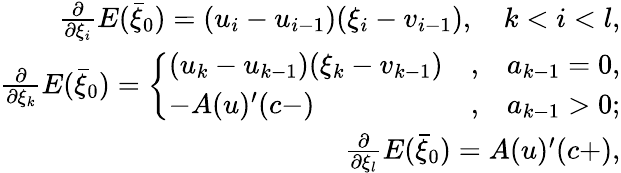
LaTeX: \begin{array}{r}{\frac{\partial}{\partial\xi_{i}}E(\bar{\xi}_{0})=(u_{i}-u_{i-1})(\xi_{i}-v_{i-1}),\quad k<i<l,}\\ {\frac{\partial}{\partial\xi_{k}}E(\bar{\xi}_{0})=\left\{ \begin{array}{lcr}{(u_{k}-u_{k-1})(\xi_{k}-v_{k-1})}&{,}&{a_{k-1}=0,}\\ {-A(u)^{\prime}(c-)}&{,}&{a_{k-1}>0;}\end{array}\right.}\\ {\frac{\partial}{\partial\xi_{l}}E(\bar{\xi}_{0})=A(u)^{\prime}(c+),}\end{array}